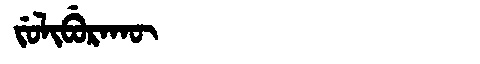
Manchu: ᠵᡠᠯᡳᠪᡠᡵᠠᡴᡡ
Romanization: JULIBURAKŪ